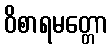
ဝိစာရမတ္တော